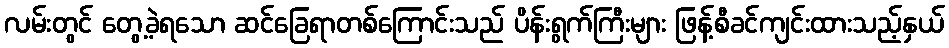
လမ်းတွင် တွေ့ခဲ့ရသော ဆင်ခြေရာတစ်ကြောင်းသည် ပိန်းရွက်ကြီးများ ဖြန့်စီခင်ကျင်းထားသည့်နှယ်